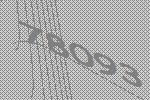
78093